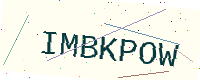
Text: IMBKPOW